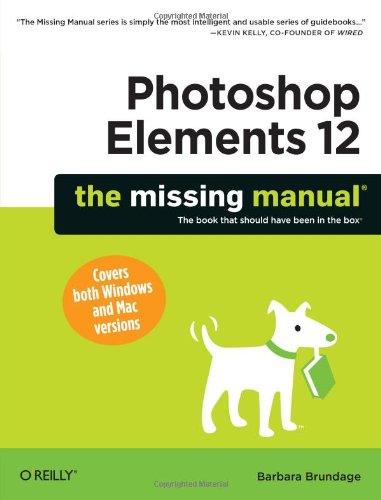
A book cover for Photoshop Elements 12: The Missing Manual; Barbara Brundage; Computers & Technology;